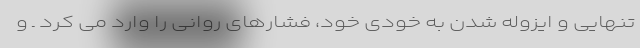
تنهایی و ایزوله شدن به خودی خود، فشارهای روانی را وارد می کرد ـ و